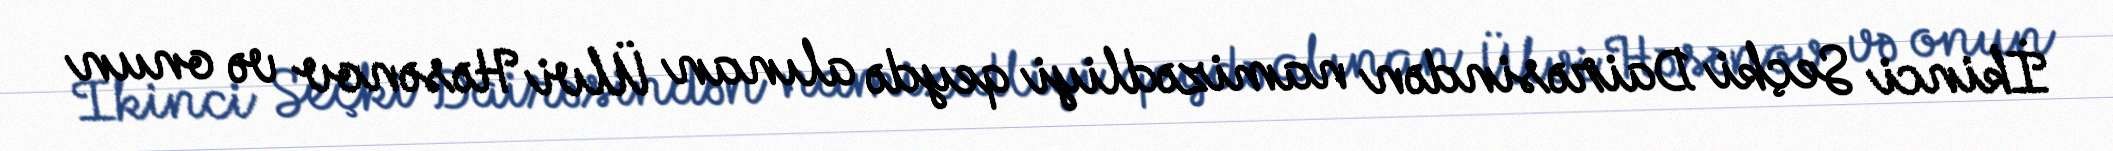
İkinci Seçki Dairəsindən namizədliyi qeydə alınan Ülvi Həsənov və onun